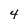
Character: 4